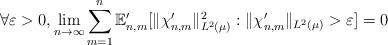
LaTeX: \begin{align*} \forall \varepsilon > 0, \lim_{n \to \infty} \sum_{m=1}^n \mathbb{E}_{n,m}' [ \|\chi_{n,m}' \|_{L^2(\mu)}^2 : \|\chi_{n,m}' \|_{L^2( \mu)} > \varepsilon ] = 0 \end{align*}